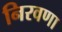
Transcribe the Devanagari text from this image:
निरवणा